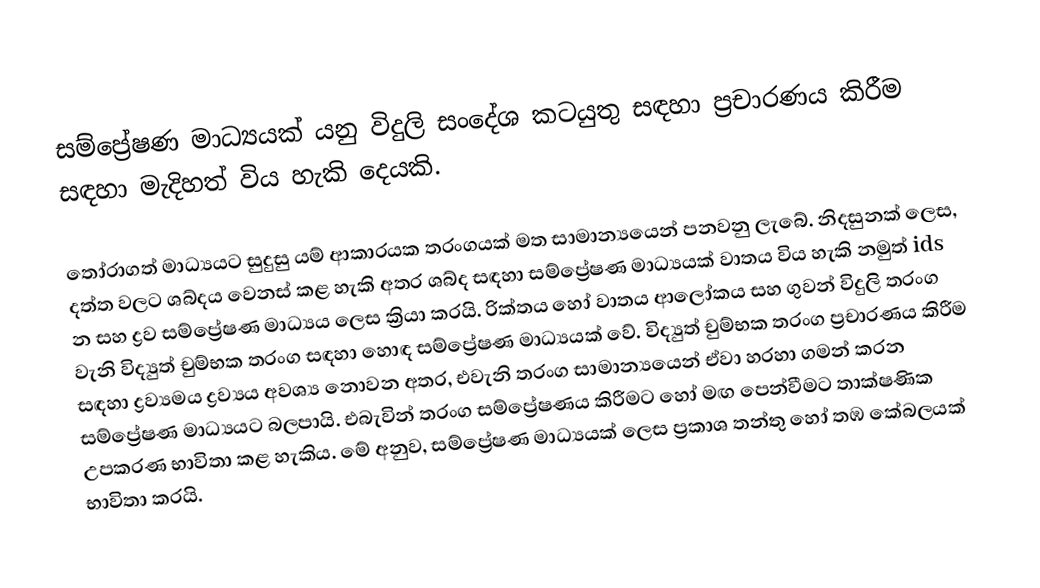
සම්ප්‍රේෂණ මාධ්‍යයක් යනු විදුලි සංදේශ කටයුතු සඳහා  ප්‍රචාරණය කිරීම සඳහා මැදිහත් විය හැකි දෙයකි.

තෝරාගත් මාධ්‍යයට සුදුසු යම් ආකාරයක තරංගයක් මත  සාමාන්‍යයෙන් පනවනු ලැබේ. නිදසුනක් ලෙස, දත්ත වලට ශබ්දය වෙනස් කළ හැකි අතර ශබ්ද සඳහා සම්ප්‍රේෂණ මාධ්‍යයක් වාතය විය හැකි නමුත් ids න සහ ද්‍රව සම්ප්‍රේෂණ මාධ්‍යය ලෙස ක්‍රියා කරයි. රික්තය හෝ වාතය ආලෝකය සහ ගුවන් විදුලි තරංග වැනි විද්‍යුත් චුම්භක තරංග සඳහා හොඳ සම්ප්‍රේෂණ මාධ්‍යයක් වේ. විද්‍යුත් චුම්භක තරංග ප්‍රචාරණය කිරීම සඳහා ද්‍රව්‍යමය ද්‍රව්‍යය අවශ්‍ය නොවන අතර, එවැනි තරංග සාමාන්‍යයෙන් ඒවා හරහා ගමන් කරන සම්ප්‍රේෂණ මාධ්‍යයට බලපායි. එබැවින් තරංග සම්ප්‍රේෂණය කිරීමට හෝ මඟ පෙන්වීමට තාක්ෂණික උපකරණ භාවිතා කළ හැකිය. මේ අනුව, සම්ප්‍රේෂණ මාධ්‍යයක් ලෙස ප්‍රකාශ තන්තු හෝ තඹ කේබලයක් භාවිතා කරයි.